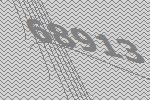
68913